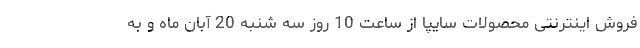
فروش اینترنتی محصولات سایپا از ساعت 10 روز سه شنبه 20 آبان ماه و به